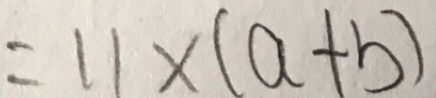
= 1 1 \times ( a + b )